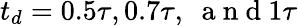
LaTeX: t_{d}=0.5\tau,0.7\tau,\ \mathrm{~a~n~d~}1\tau